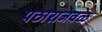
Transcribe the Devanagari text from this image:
पठाराजवळ